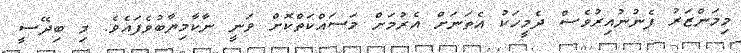
މިމަންޒަރު ފެނުނުއިރުވެސް ދެމީހަކު އެތަނަށް އެރުމަށް މަސައްކަތްކޮށް ވަނީ ނާކާމިޔާބުވެފައެވެ. މި ބިދޭސީ